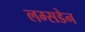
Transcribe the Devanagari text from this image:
लम्सडेन